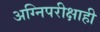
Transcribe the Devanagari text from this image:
अग्निपरीक्षाही